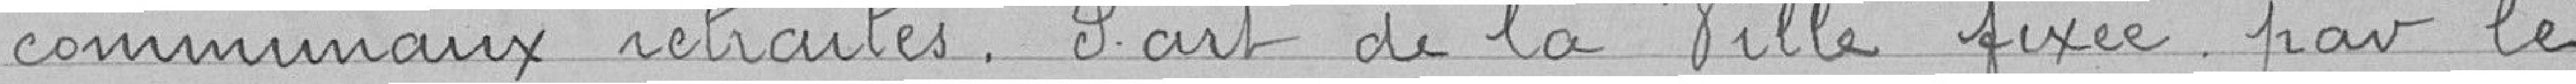
communaux retraités. Part de la Ville par le